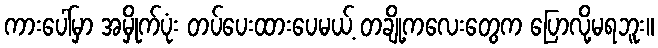
ကားပေါ်မှာ အမှိုက်ပုံး တပ်ပေးထားပေမယ့် တချို့ကလေးတွေက ပြောလို့မရဘူး။